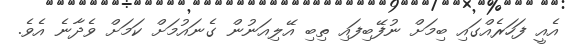
އެއީ ފަހަރެއްގައި ބިމަށް ނުފޭބިފައި ތިބި އޭލިއަނުން ގެނައުމަށް ކަމަށް ވެދާނެ އެވެ.